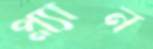
প্ল্যান